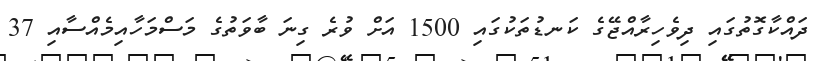
ދައްކާގޮތުގައި ދިވެހިރާއްޖޭގެ ކަނޑުތަކުގައި 1500 އަށް ވުރެ ގިނަ ބާވަތުގެ މަސްމަހާއިމެއްސާއި 37